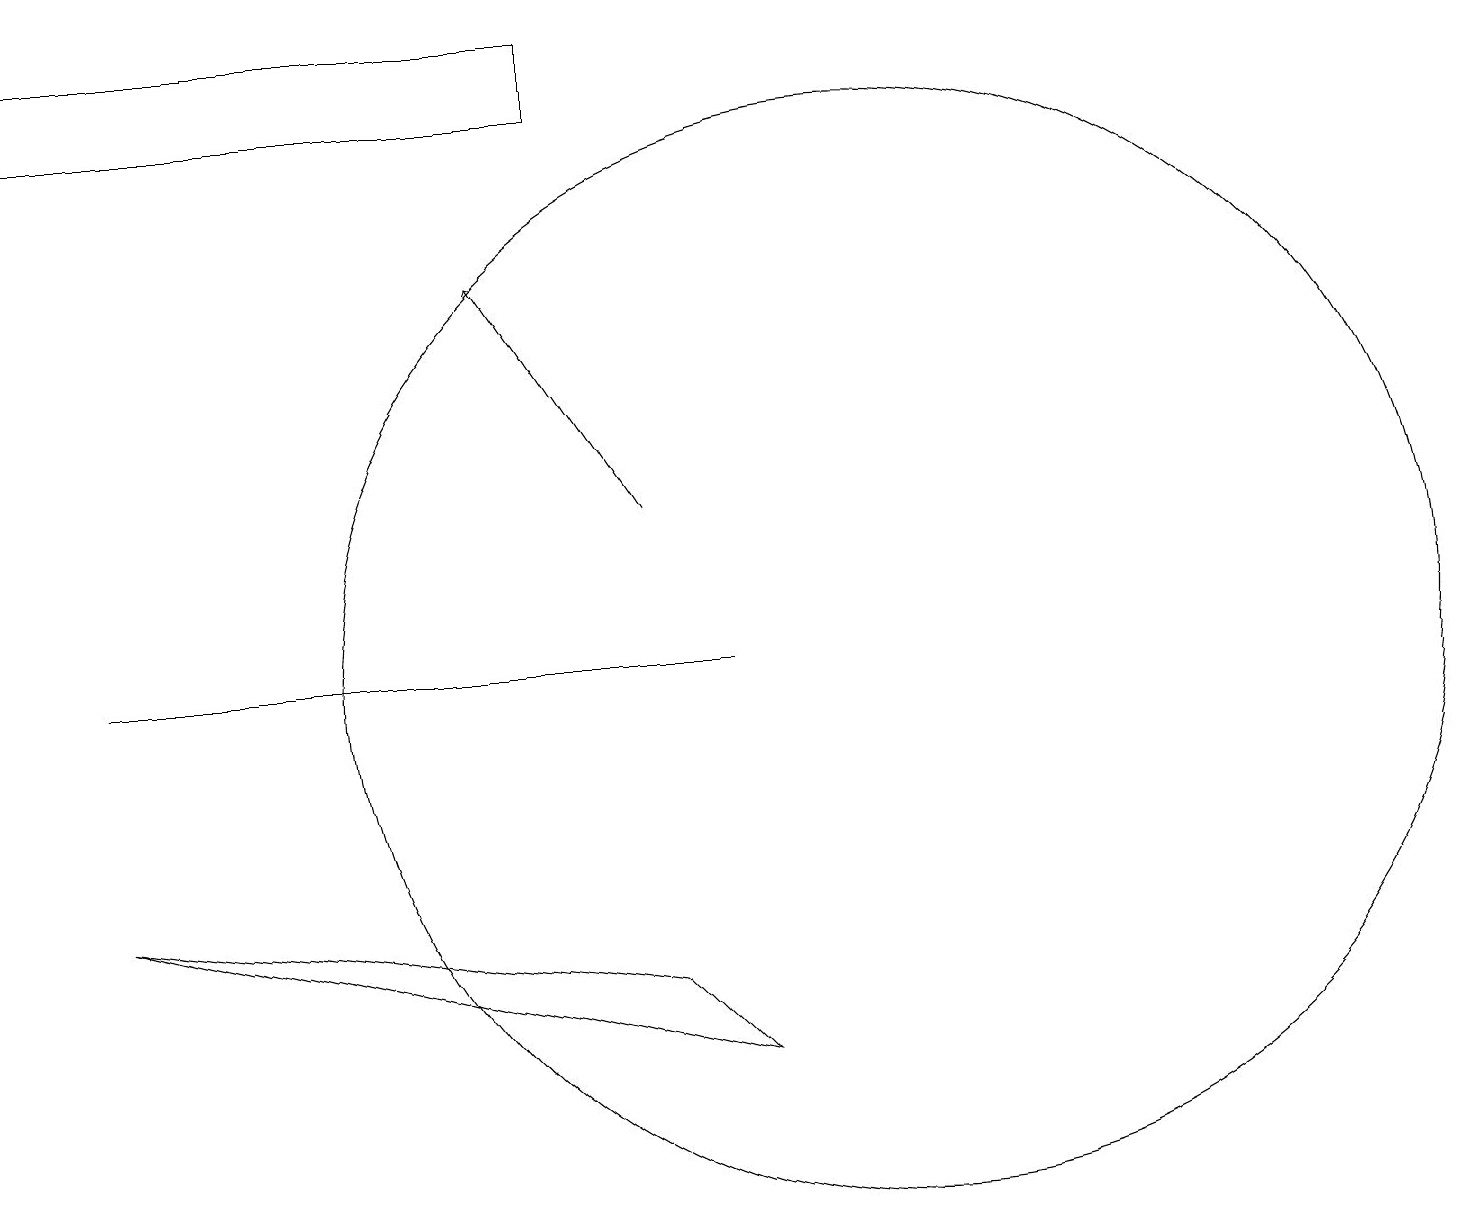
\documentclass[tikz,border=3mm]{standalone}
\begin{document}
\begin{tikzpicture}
\draw (1,11) rectangle (9,11);
\draw[->] (8,13) -- (6,16);
\draw (7,18) rectangle (0,19);
\draw (1,8) -- (8,7) -- (9,6) -- cycle;
\draw (11,11) circle (7);
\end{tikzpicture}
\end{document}